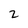
Character: 2